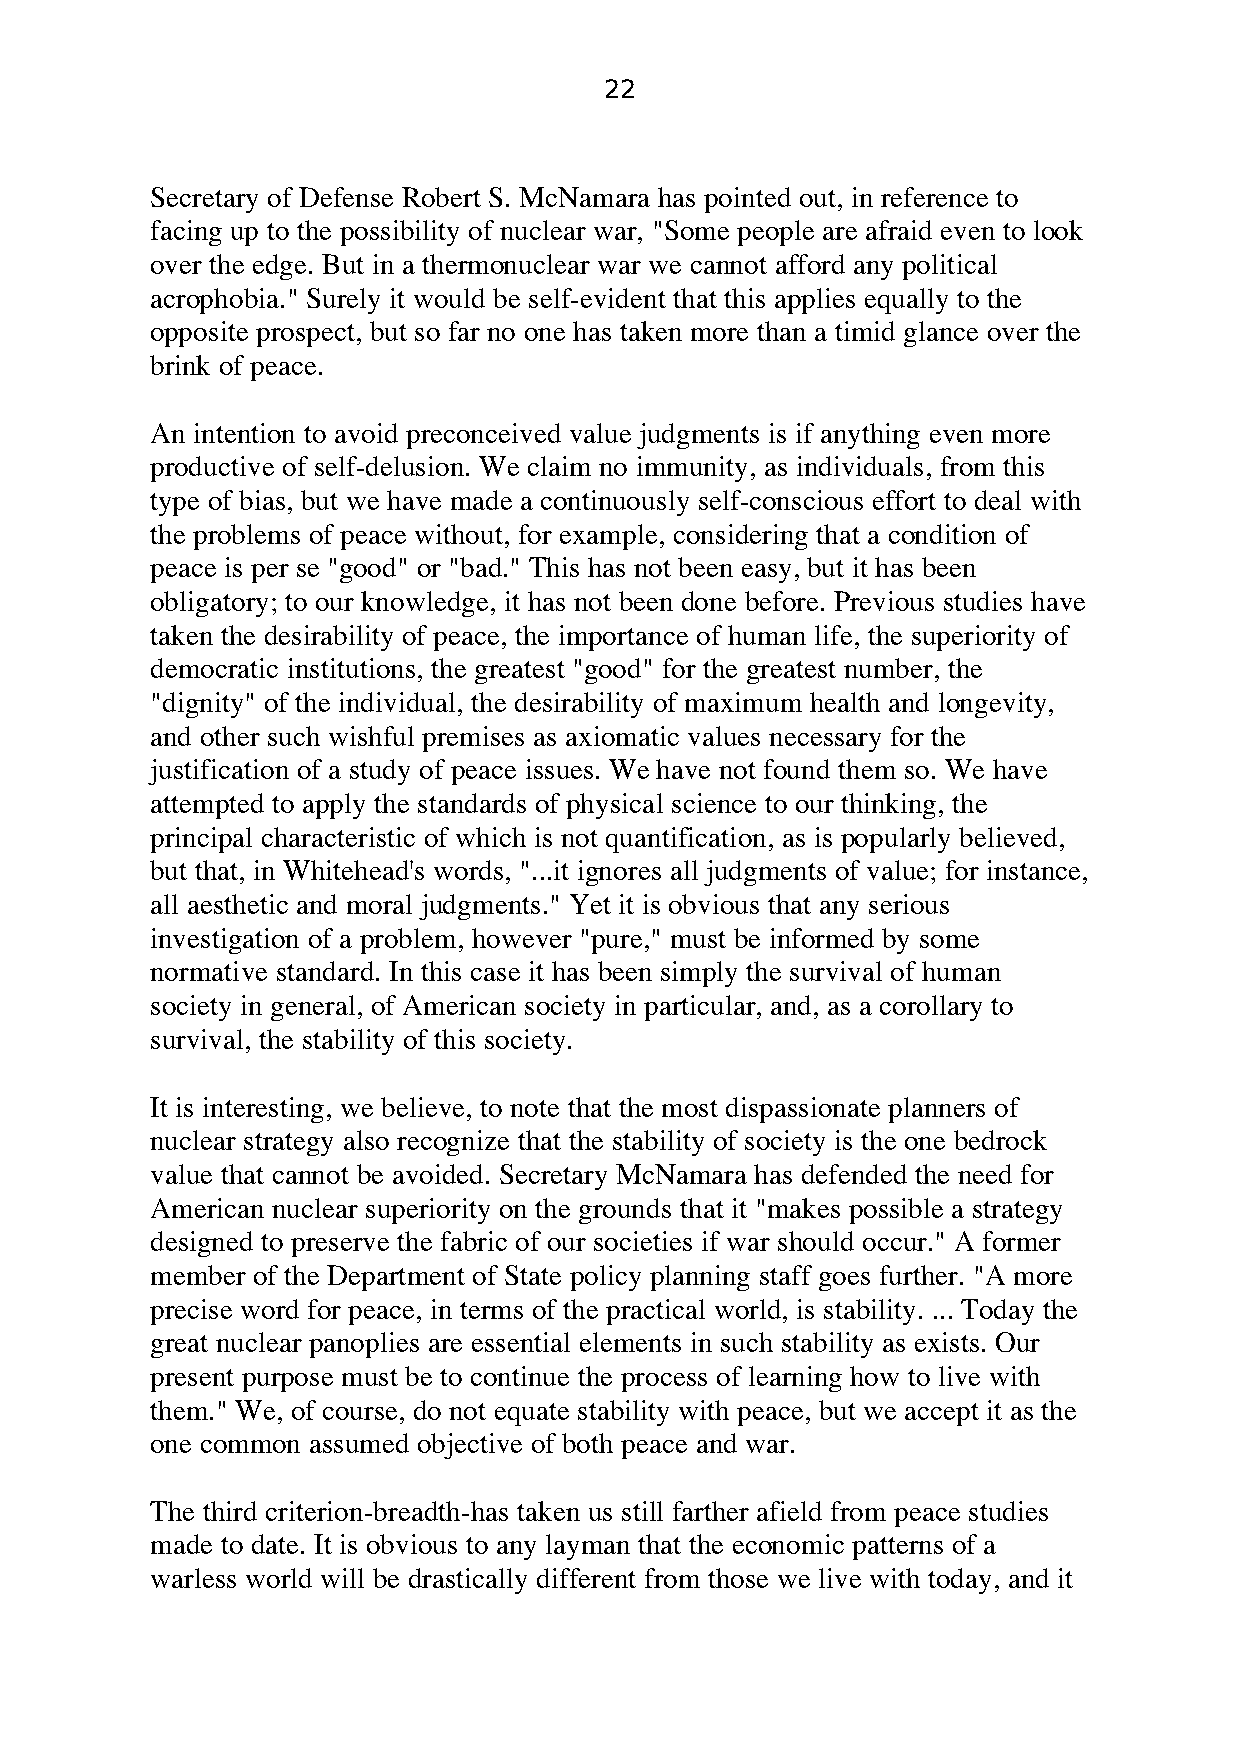
22
 Secretary of Defense Robert S. McNamara has pointed out, in reference to
 facing up to the possibility of nuclear war, "Some people are afraid even to look
 over the edge. But in a thermonuclear war we cannot afford any political
 acrophobia." Surely it would be self-evident that this applies equally to the
 opposite prospect, but so far no one has taken more than a timid glance over the
 brink of peace.
 An intention to avoid preconceived value judgments is if anything even more
 productive of self-delusion. We claim no immunity, as individuals, from this
 type of bias, but we have made a continuously self-conscious effort to deal with
 the problems of peace without, for example, considering that a condition of
 peace is per se "good" or "bad." This has not been easy, but it has been
 obligatory; to our knowledge, it has not been done before. Previous studies have
 taken the desirability of peace, the importance of human life, the superiority of
 democratic institutions, the greatest "good" for the greatest number, the
 "dignity" of the individual, the desirability of maximum health and longevity,
 and other such wishful premises as axiomatic values necessary for the
 justification of a study of peace issues. We have not found them so. We have
 attempted to apply the standards of physical science to our thinking, the
 principal characteristic of which is not quantification, as is popularly believed,
 but that, in Whitehead's words, "...it ignores all judgments of value; for instance,
 all aesthetic and moral judgments." Yet it is obvious that any serious
 investigation of a problem, however "pure," must be informed by some
 normative standard. In this case it has been simply the survival of human
 society in general, of American society in particular, and, as a corollary to
 survival, the stability of this society.
 It is interesting, we believe, to note that the most dispassionate planners of
 nuclear strategy also recognize that the stability of society is the one bedrock
 value that cannot be avoided. Secretary McNamara has defended the need for
 American nuclear superiority on the grounds that it "makes possible a strategy
 designed to preserve the fabric of our societies if war should occur." A former
 member of the Department of State policy planning staff goes further. "A more
 precise word for peace, in terms of the practical world, is stability. ... Today the
 great nuclear panoplies are essential elements in such stability as exists. Our
 present purpose must be to continue the process of learning how to live with
 them." We, of course, do not equate stability with peace, but we accept it as the
 one common assumed objective of both peace and war.
 The third criterion-breadth-has taken us still farther afield from peace studies
 made to date. It is obvious to any layman that the economic patterns of a
 warless world will be drastically different from those we live with today, and it